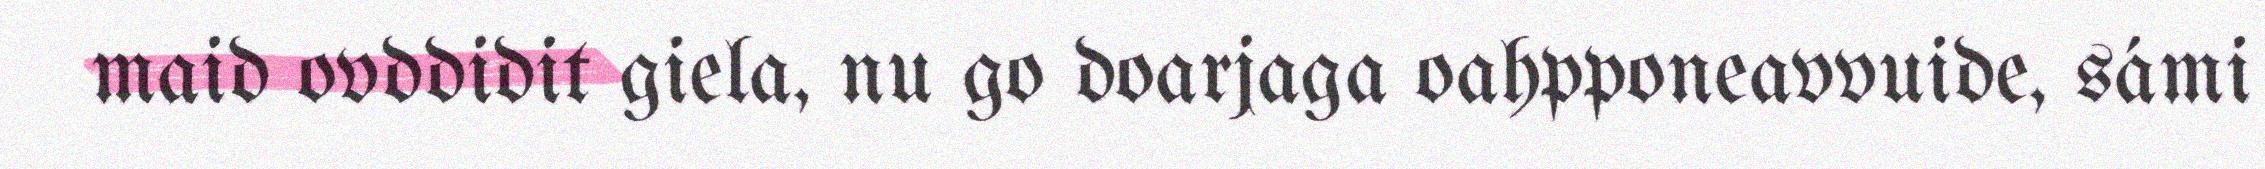
maid ovddidit giela, nu go doarjaga oahpponeavvuide, sámi